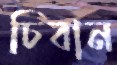
চিবান